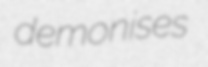
demonises